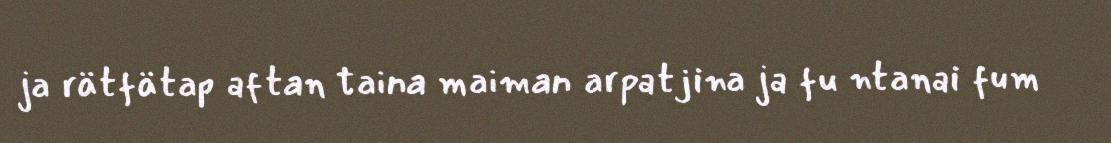
ja rätfätap aftan taina maiman arpatjina ja fu ntanai fum